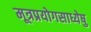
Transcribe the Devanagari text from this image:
मूत्रप्रयोगसाध्येषु